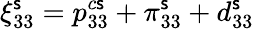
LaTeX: \xi_{33}^{\mathsf{s}}={p}_{33}^{c\mathsf{s}}+\pi_{33}^{\mathsf{s}}+d_{33}^{\mathsf{s}}